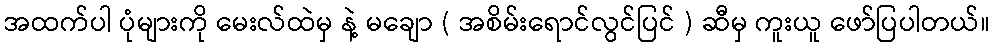
အထက်ပါ ပုံများကို မေးလ်ထဲမှ နဲ့ မချော ( အစိမ်းရောင်လွင်ပြင် ) ဆီမှ ကူးယူ ဖော်ပြပါတယ်။